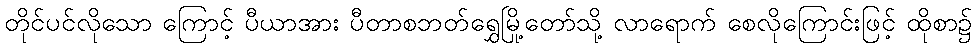
တိုင်ပင်လိုသော ကြောင့် ပီယာအား ပီတာစဘတ်ရွှေမြို့တော်သို့ လာရောက် စေလိုကြောင်းဖြင့် ထိုစာ၌